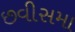
છવીસમા